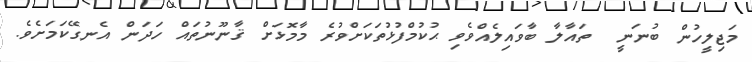
މަޖިލީހުން ބުނަނީ  ތައާލާ ބާވައިލެއްވެވި ޙުކުމްފުޅުތަކަށްވުރެ މާމޮޅަށް ޤާނޫނުތައް ހަދަން އެނގޭކަމަށެވެ.